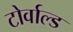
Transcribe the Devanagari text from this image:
टोर्वाल्ड